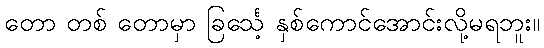
တော တစ် တောမှာ ခြင်္သေ့ နှစ်ကောင်အောင်းလို့မရဘူး။